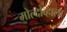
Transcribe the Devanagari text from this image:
मोल्दोव्हाला